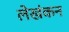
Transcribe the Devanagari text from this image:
लेखंकन